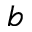
b